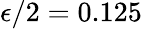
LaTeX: \epsilon/2=0.125